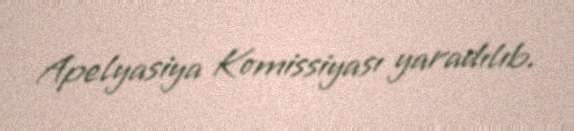
Apelyasiya Komissiyası yaradılıb.